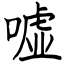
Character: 嘘